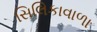
સિલિકાવાળા